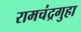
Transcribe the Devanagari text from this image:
रामचंद्रगुहा